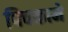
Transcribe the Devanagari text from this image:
पिचकाने